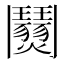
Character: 𩰜